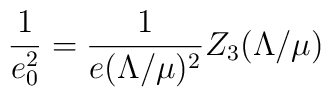
\frac{1}{e_0^2} = \frac{1}{e(\Lambda/\mu)^2} Z_3(\Lambda/\mu)